Lunatic asylums Punjab 1895-1910 - 1895-1910
Year: 1895
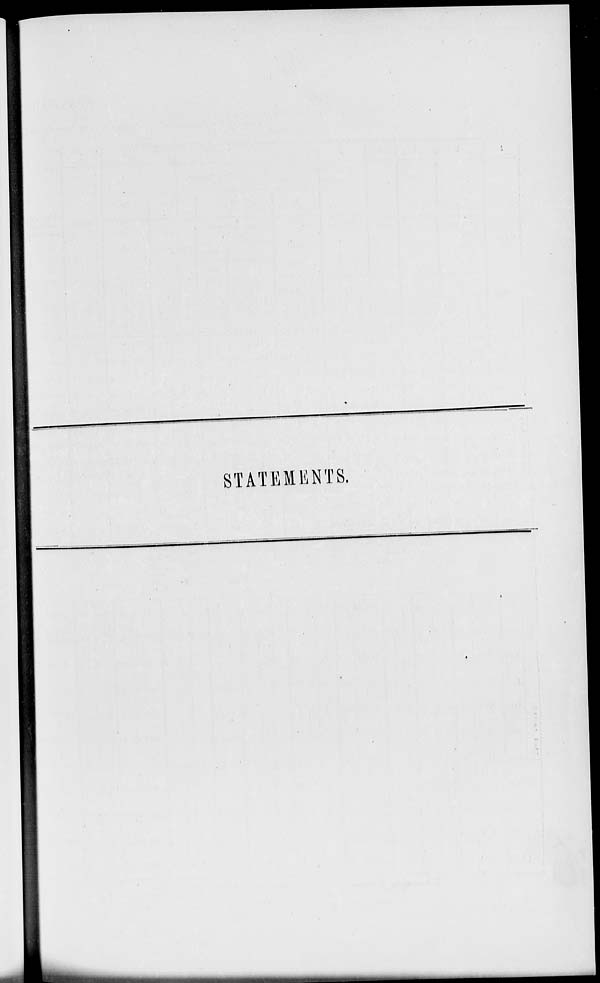
STATEMENTS.